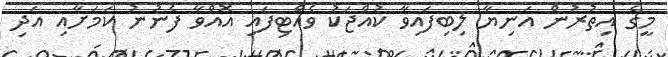
މީގެ އިތުރުން އަނިޔާ ލިބިފައިވާ ކުއްޖަކު ވެއްޓިފައި އޮއްވާ ފެނުނު ކަމަށާއި އަދި